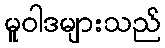
မူဝါဒများသည်